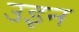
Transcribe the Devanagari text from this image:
उइन